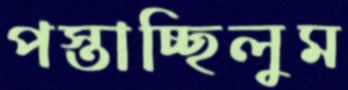
পস্তাচ্ছিলুম